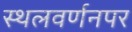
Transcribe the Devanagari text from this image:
स्थलवर्णनपर